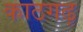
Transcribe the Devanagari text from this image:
काठगढ़